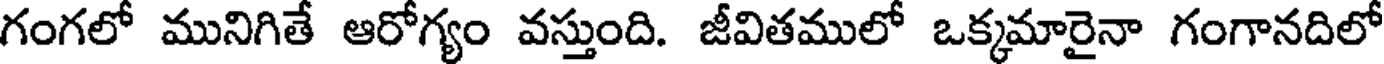
గంగలో మునిగితే ఆరోగ్యం వస్తుంది. జీవితములో ఒక్కమారైనా గంగానదిలో